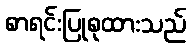
စာရင်းပြုစုထားသည်